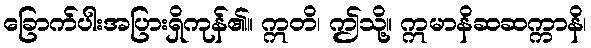
ခြောက်ပါးအပြားရှိကုန်၏။ ဣတိ၊ ဤသို့။ ဣမာနိဆဆက္ကာနိ၊